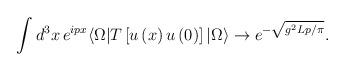
LaTeX: \begin{align*}\int d^{3}x\, e^{i px} \langle \Omega| T\left[u \left(x\right) u\left(0\right)\right] |\Omega \rangle \rightarrow e^{-\sqrt{g^{2}Lp/\pi}} .\end{align*}